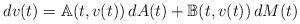
LaTeX: \begin{align*} dv(t)=\mathbb A(t,v(t))\,dA(t)+\mathbb B(t,v(t))\,dM(t)\end{align*}